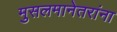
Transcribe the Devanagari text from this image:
मुसलमानेतरांना